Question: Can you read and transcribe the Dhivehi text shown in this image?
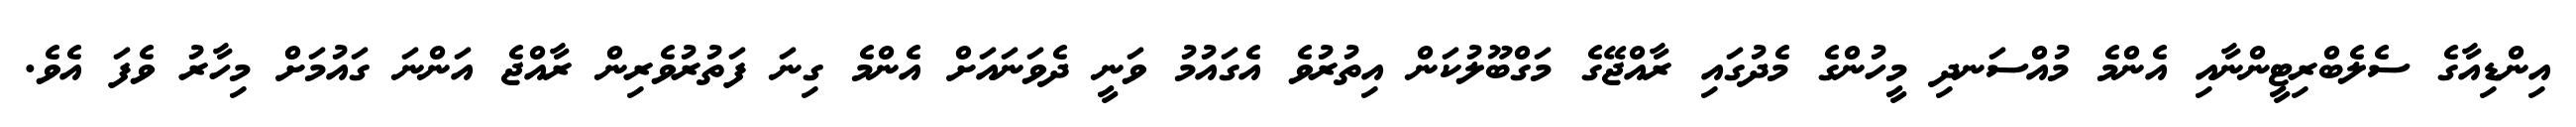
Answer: އިންޑިއާގެ ސެލެބްރިޓީންނާއި އެންމެ މުއްސަނދި މީހުންގެ މެދުގައި ރާއްޖޭގެ މަގްބޫލުކަން އިތުރުވެ އެގައުމު ވަނީ ދެވަނައަށް އެންމެ ގިނަ ފަތުރުވެރިން ރާއްޖެ އަންނަ ގައުމަށް މިހާރު ވެފަ އެވެ.